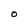
Character: O